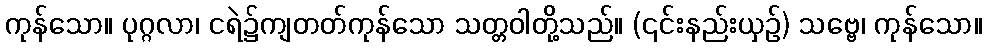
ကုန်သော။ ပုဂ္ဂလာ၊ ငရဲ၌ကျတတ်ကုန်သော သတ္တဝါတို့သည်။ (၎င်းနည်းယှဉ်) သဗ္ဗေ၊ ကုန်သော။